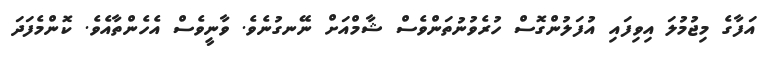
އަފާގެ މިޖުމުލަ އިވިފައި އުފަލުންގޮސް ހުރެވުނުތަންވެސް ޝާމްއަށް ނޭނގުނެވެ. ވާނީވެސް އެހެންތާއެވެ. ކޮންމެފަދަ